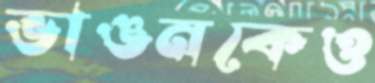
ভাঙনকেও